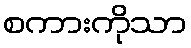
စကားကိုသာ